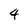
Character: 4